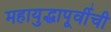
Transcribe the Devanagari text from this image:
महायुद्धापूर्वीची